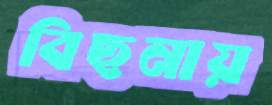
বিছনায়